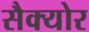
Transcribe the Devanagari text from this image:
सैक्योर